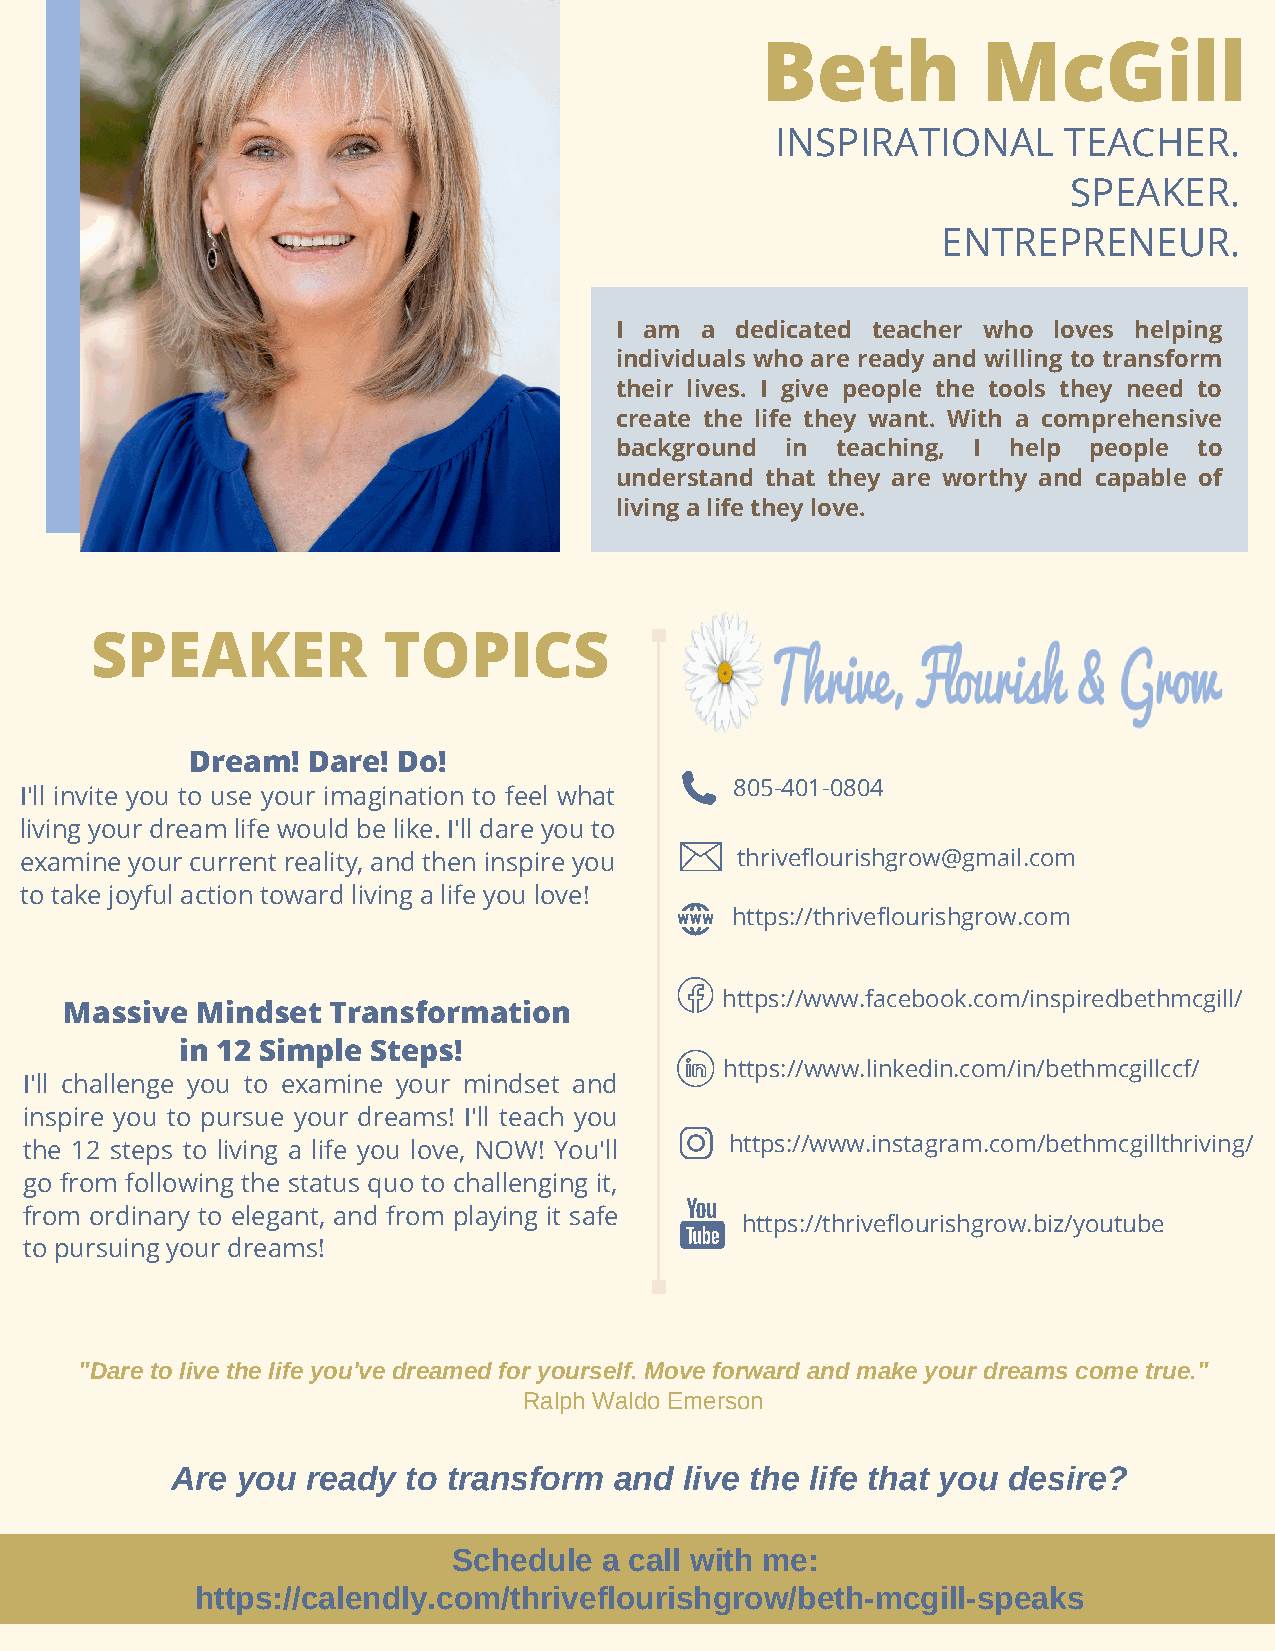
Beth           McGill
 INSPIRATIONAL      TEACHER.
 SPEAKER.
 ENTREPRENEUR.
 I am a  dedicated teacher who loves helping
 individuals who are ready and willing to transform
 their lives. I give people the tools they need to
 create the life they want. With a comprehensive
 background in teaching, I help people to
 understand that they are worthy and capable of
 living a life they love.
 SPEAKER            TOPICS
 Dream! Dare! Do!
 805-401-0804
 I'll invite you to use your imagination to feel what
 living your dream life would be like. I'll dare you to
 examine your current reality, and then inspire you thriveflourishgrow@gmail.com
 to take joyful action toward living a life you love!
 https://thriveflourishgrow.com
 https://www.facebook.com/inspiredbethmcgill/
 Massive  Mindset  Transformation
 in 12 Simple Steps!
 https://www.linkedin.com/in/bethmcgillccf/
 I'll challenge you to examine your mindset and
 inspire you to pursue your dreams! I'll teach you
 the 12 steps to living a life you love, NOW! You'll https://www.instagram.com/bethmcgillthriving/
 go from following the status quo to challenging it,
 from ordinary to elegant, and from playing it safe
 https://thriveflourishgrow.biz/youtube
 to pursuing your dreams!
 "Dare to live the life you've dreamed for yourself. Move forward and make your dreams come true."
 Ralph Waldo Emerson
 Are  you ready  to transform  and live the life that you desire?
 Schedule  a call with me:
 https://calendly.com/thriveflourishgrow/beth-mcgill-speaks